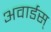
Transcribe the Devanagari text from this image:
अवार्डस्